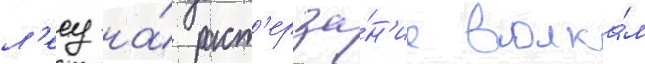
л'есу на́ раст'ерза́н'ие волка́м